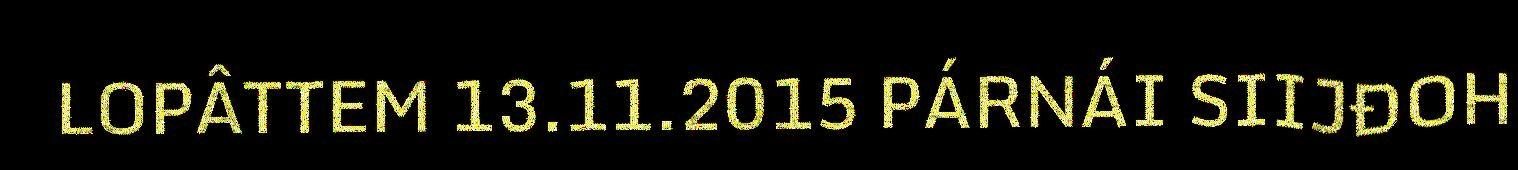
LOPÂTTEM 13.11.2015 PÁRNÁI SIIJĐOH